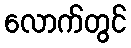
လောက်တွင်